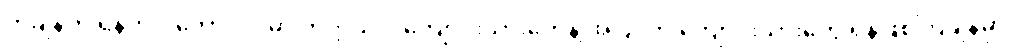
တချိန်က ရန်ကင်းကောလိပ်မှာ တက္ကသိုလ်ကျောင်းသားတွေနဲ့ အပြင်က ကျောင်းသားတွေ ရန်ဖြစ်ကြချိန်မှာ